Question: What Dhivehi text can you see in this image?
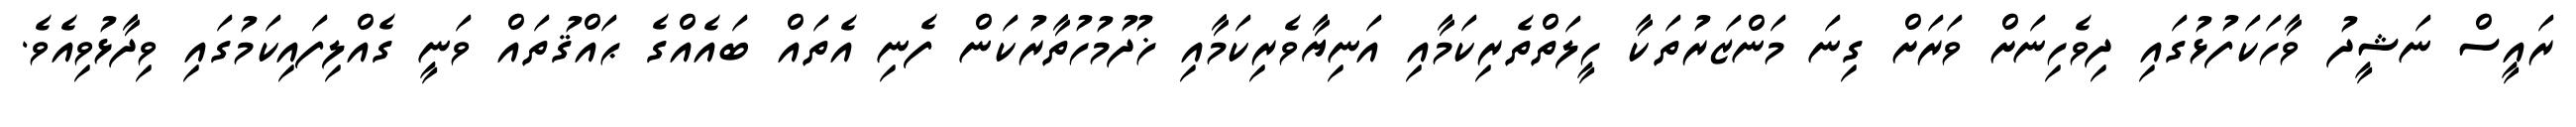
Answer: ރައީސް ނަޝީދު ވާހަކަފުޅުގައި ދިވެހިނަށް ވަރަށް ގިނަ މަންޒަރުތަކާ ހީލަތްތެރިކަމާއި އަނިޔާވެރިކަމާއި ޚުދުމުހުތާރުކަން ފެނި އެތައް ބައެއްގެ ޙައްޤުތައް ވަނީ ގެއްލިފައިކަމުގައި ވިދާޅުވިއެވެ.